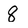
Character: 8